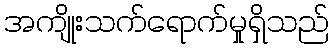
အကျိုးသက်ရောက်မှုရှိသည်